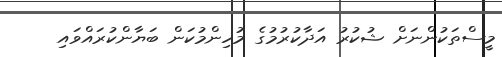
މީސްތަކުންނަށް ޝުކުރު އަދާކުރުމުގެ މުހިންމުކަން ބަޔާންކުރައްވައި